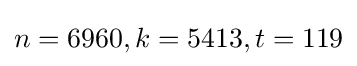
n=6960,k=5413,t=119